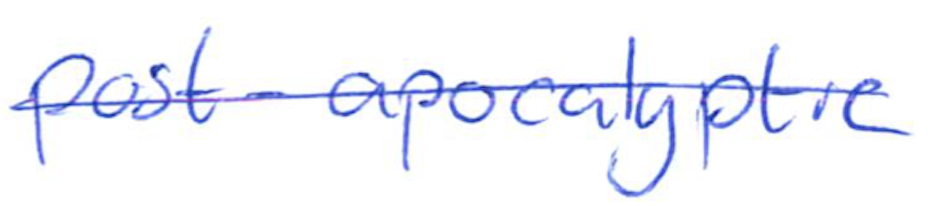
Text: post-apocalyptic
Cross-out: single-line
Writing tool: ballpoint